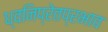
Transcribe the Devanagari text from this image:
ध्वनिप्रेतप्रभाव